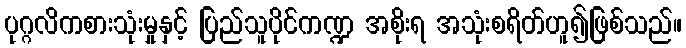
ပုဂ္ဂလိကစားသုံးမှုနှင့် ပြည်သူပိုင်ကဏ္ဍ အစိုးရ အသုံးစရိတ်ဟူ၍ဖြစ်သည်။